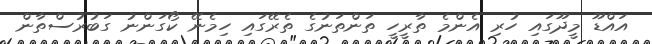
އައްޑޫ މީދޫގައި ހުރި އެންމެ ތާރީހީ ތަންތަނުގެ ތެރޭގައި ހިމެނޭ ކޯގަންނު ގަބުރުސްތާން